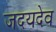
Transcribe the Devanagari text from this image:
जदयदेव